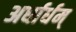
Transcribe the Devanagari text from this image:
अर्धार्धम्